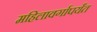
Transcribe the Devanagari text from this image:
महिलावर्गापर्यंत